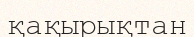
қақырықтан